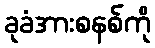
ခုခံအားစနစ်ကို